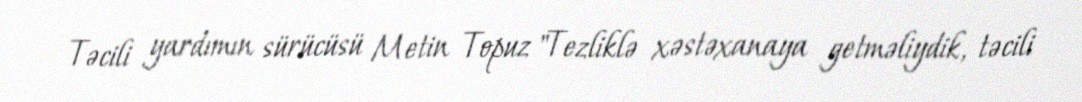
Təcili yardımın sürücüsü Metin Topuz "Tezliklə xəstəxanaya getməliydik, təcili